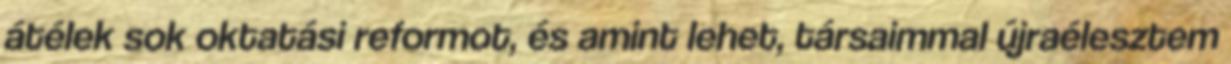
átélek sok oktatási reformot, és amint lehet, társaimmal újraélesztem